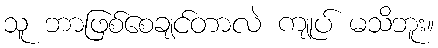
သူ ဘာဖြစ်စေချင်တာလဲ ကျုပ် မသိဘူး။